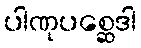
ပါဏုပစ္ဆေဒါ